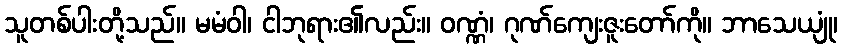
သူတစ်ပါးတို့သည်။ မမံဝါ၊ ငါဘုရား၏လည်း။ ဝဏ္ဏံ၊ ဂုဏ်ကျေးဇူးတော်ကို။ ဘာသေယျုံ၊